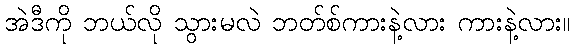
အဲဒီကို ဘယ်လို သွားမလဲ ဘတ်စ်ကားနဲ့လား ကားနဲ့လား။